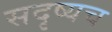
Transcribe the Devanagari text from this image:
सदृष्यच